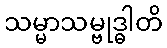
သမ္မာသမ္ဗုဒ္ဓါတိ